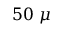
5 0 \ \mu